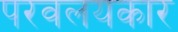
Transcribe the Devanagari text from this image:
परवलयकार